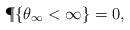
LaTeX: \begin{align*}\P\{ \theta _\infty < \infty\} = 0,\end{align*}